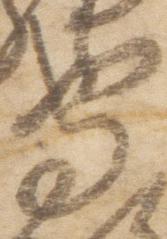
守